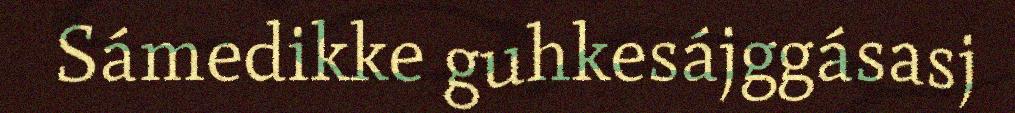
Sámedikke guhkesájggásasj